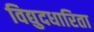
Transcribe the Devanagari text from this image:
विद्युदधारिता